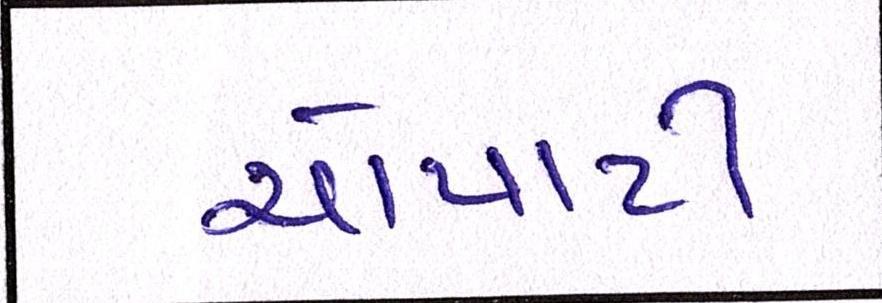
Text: ચોપાટી